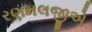
રણમલજીએ